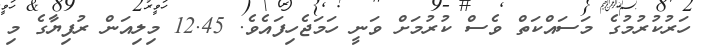
ހަރުކުރުމުގެ މަސައްކަތް ވެސް ކުރުމަށް ވަނީ ހަމަޖެހިފައެވެ. 12.45 މިލިއަން ރުފިޔާގެ މި